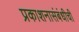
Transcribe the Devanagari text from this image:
प्रकाशनासंबंधीची